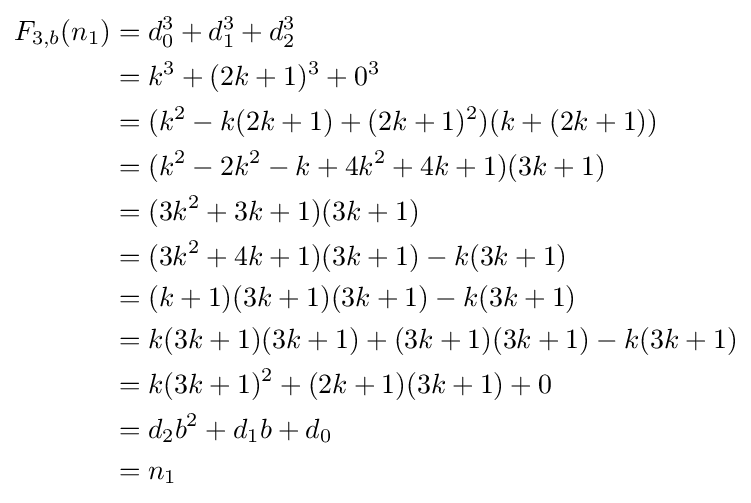
{\begin{aligned}F_{3,b}(n_{1})&=d_{0}^{3}+d_{1}^{3}+d_{2}^{3}\\&=k^{3}+(2k+1)^{3}+0^{3}\\&=(k^{2}-k(2k+1)+(2k+1)^{2})(k+(2k+1))\\&=(k^{2}-2k^{2}-k+4k^{2}+4k+1)(3k+1)\\&=(3k^{2}+3k+1)(3k+1)\\&=(3k^{2}+4k+1)(3k+1)-k(3k+1)\\&=(k+1)(3k+1)(3k+1)-k(3k+1)\\&=k(3k+1)(3k+1)+(3k+1)(3k+1)-k(3k+1)\\&=k(3k+1)^{2}+(2k+1)(3k+1)+0\\&=d_{2}b^{2}+d_{1}b+d_{0}\\&=n_{1}\end{aligned}}